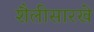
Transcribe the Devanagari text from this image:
शैलीसारखे